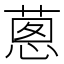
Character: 𦵇